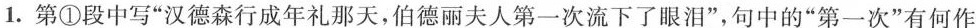
.第①段中写”汉德森行成年礼那天，伯德丽夫人第一次流下了眼泪”，句中的”第一次”有何作